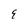
Character: E